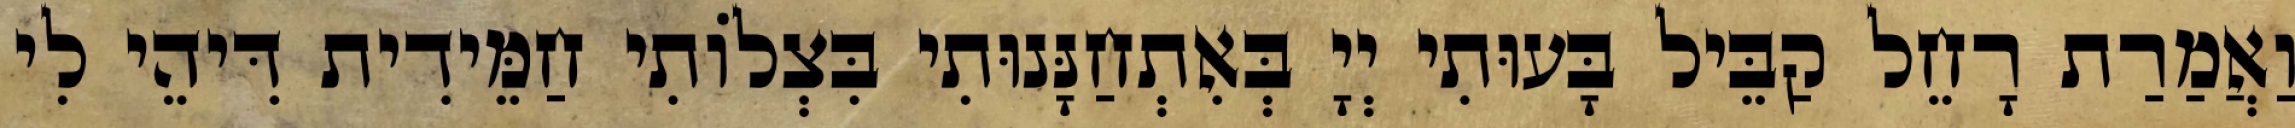
וַאֲמַרַת רָחֵל קַבֵּיל בָּעוּתִי יְיָ בְּאִתְחַנָּנוּתִי בִּצְלוֹתִי חַמֵּידִית דִּיהֵי לִי